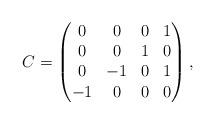
LaTeX: \begin{align*}C=\left(\begin{matrix}0&0&0&1\cr0&0&1&0\cr0&-1&0&1\cr-1&0&0&0 \end{matrix}\right),\end{align*}